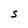
Character: S